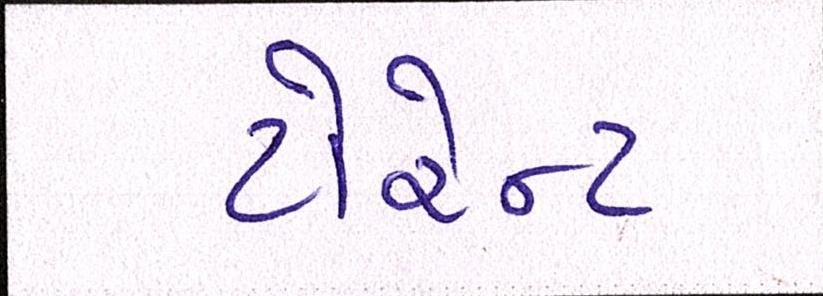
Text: ટોરેન્ટ